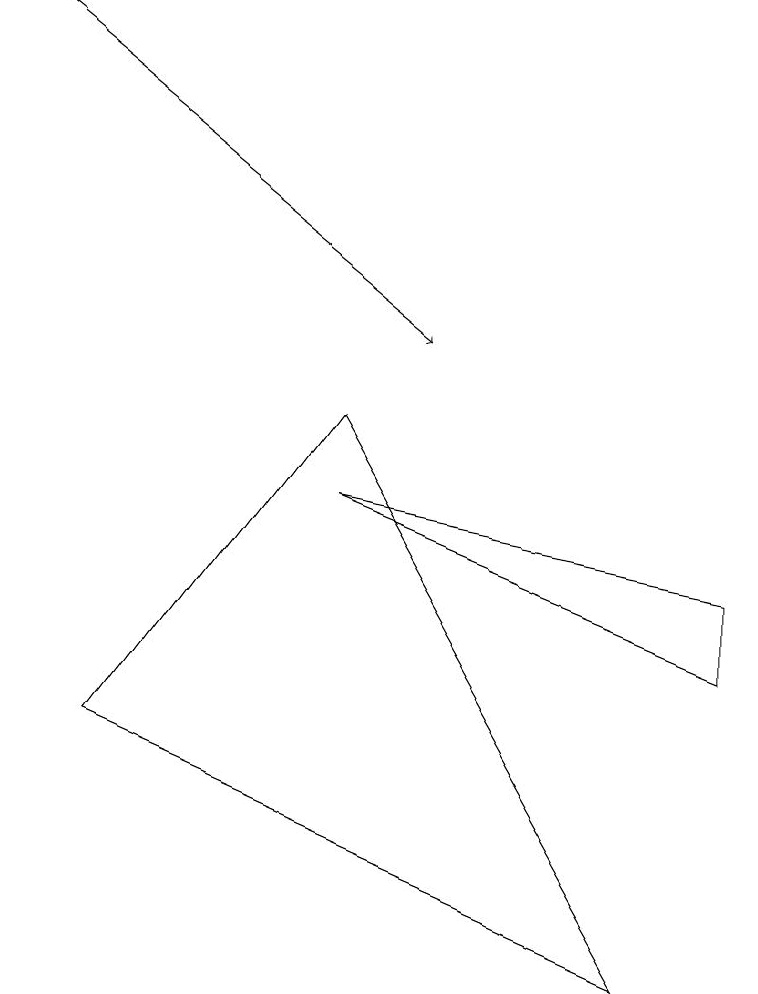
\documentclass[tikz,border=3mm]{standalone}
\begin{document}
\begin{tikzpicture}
\draw (4,9) -- (1,5) -- (8,2) -- cycle;
\draw[->] (0,14) -- (5,10);
\draw (4,8) -- (9,6) -- (9,7) -- cycle;
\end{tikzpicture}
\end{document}